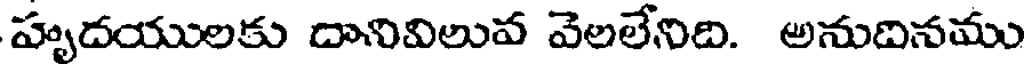
హృదయులకు దానివిలువ వెలలేనిది. అనుదినము